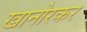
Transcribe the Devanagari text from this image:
खानोरकर